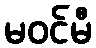
မဝင်မီ